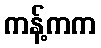
ကန့်ကက